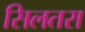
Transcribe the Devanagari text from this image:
सिलतरा